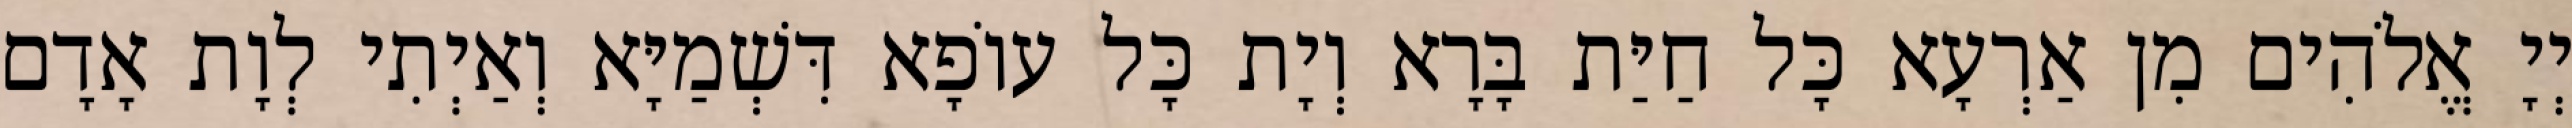
יְיָ אֱלֹהִים מִן אַרְעָא כָּל חַיַּת בָּרָא וְיָת כָּל עוֹפָא דִּשְׁמַיָּא וְאַיְתִי לְוָת אָדָם